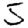
Digit: 5